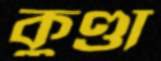
কুণ্ডা